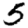
Digit: 5